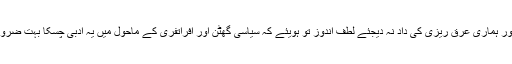
پڑھئے اور ہماری عرق ریزی کی داد نہ دیجئے لطف اندوز تو ہویئے کہ سیاسی گھٹن اور افراتفری کے ماحول میں یہ ادبی چسکا بہت ضروری ہے۔